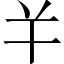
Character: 𢆉